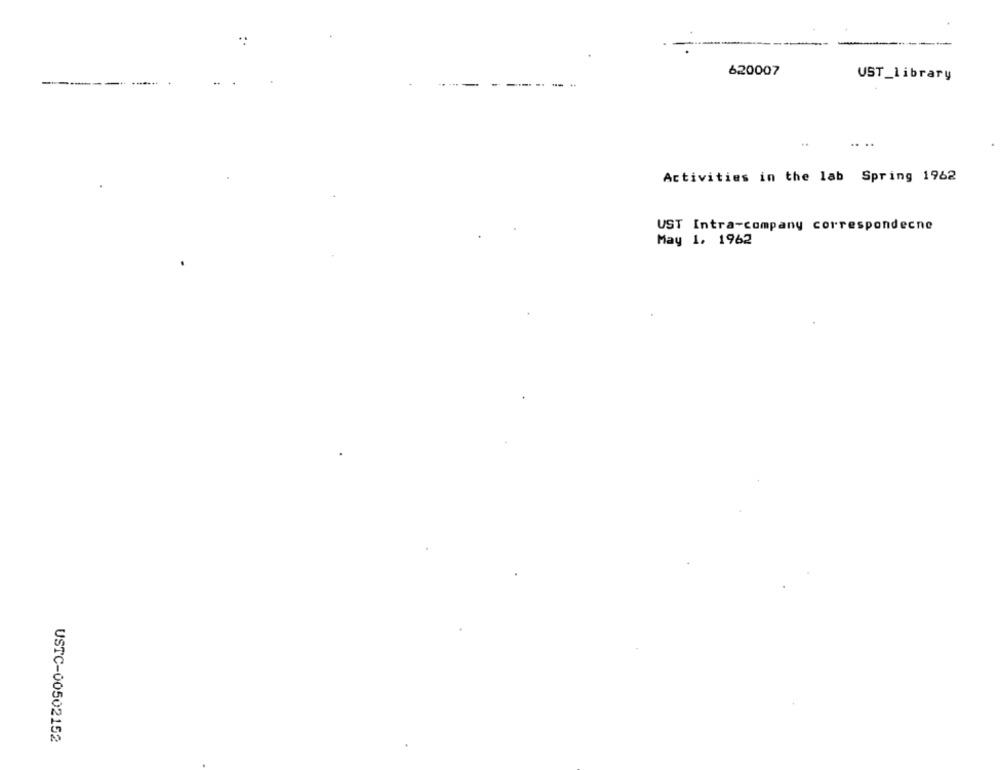
-
620007
UST_library
-----
...
Activities in the lab Spring 1962
UST Intra-company correspondecne
May 1. 1962
USTC-00502152